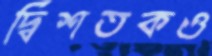
দ্বিশতকও